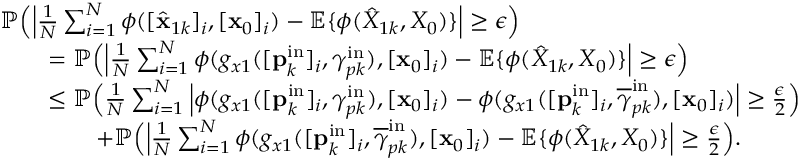
\begin{array} { r l } & { \mathbb { P } \Big ( \Big | \frac { 1 } { N } \sum _ { i = 1 } ^ { N } \phi ( [ \hat { \mathbf { x } } _ { 1 k } ] _ { i } , [ \mathbf { x } _ { 0 } ] _ { i } ) - \mathbb { E } \{ \phi ( \hat { X } _ { 1 k } , X _ { 0 } ) \} \Big | \geq \epsilon \Big ) } \\ & { \qquad = \mathbb { P } \Big ( \Big | \frac { 1 } { N } \sum _ { i = 1 } ^ { N } \phi ( g _ { x 1 } ( [ \mathbf { p } _ { k } ^ { \mathrm { i n } } ] _ { i } , \gamma _ { p k } ^ { \mathrm { i n } } ) , [ \mathbf { x } _ { 0 } ] _ { i } ) - \mathbb { E } \{ \phi ( \hat { X } _ { 1 k } , X _ { 0 } ) \} \Big | \geq \epsilon \Big ) } \\ & { \qquad \leq \mathbb { P } \Big ( \frac { 1 } { N } \sum _ { i = 1 } ^ { N } \Big | \phi ( g _ { x 1 } ( [ \mathbf { p } _ { k } ^ { \mathrm { i n } } ] _ { i } , \gamma _ { p k } ^ { \mathrm { i n } } ) , [ \mathbf { x } _ { 0 } ] _ { i } ) - \phi ( g _ { x 1 } ( [ \mathbf { p } _ { k } ^ { \mathrm { i n } } ] _ { i } , \overline { { \gamma } } _ { p k } ^ { \mathrm { i n } } ) , [ \mathbf { x } _ { 0 } ] _ { i } ) \Big | \geq \frac { \epsilon } { 2 } \Big ) } \\ & { \qquad \qquad + \mathbb { P } \Big ( \Big | \frac { 1 } { N } \sum _ { i = 1 } ^ { N } \phi ( g _ { x 1 } ( [ \mathbf { p } _ { k } ^ { \mathrm { i n } } ] _ { i } , \overline { { \gamma } } _ { p k } ^ { \mathrm { i n } } ) , [ \mathbf { x } _ { 0 } ] _ { i } ) - \mathbb { E } \{ \phi ( \hat { X } _ { 1 k } , X _ { 0 } ) \} \Big | \geq \frac { \epsilon } { 2 } \Big ) . } \end{array}